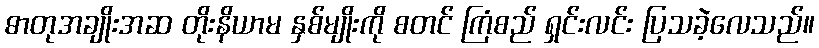
ဓာတုအချိုးအဆ တိုးနိယာမ နှစ်မျိုးကို စတင် ကြံစည် ရှင်းလင်း ပြသခဲ့လေသည်။